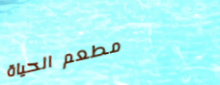
مطعم الحياة